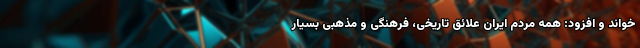
خواند و افزود: همه مردم ایران علائق تاریخی، فرهنگی و مذهبی بسیار